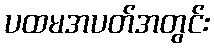
ပထမအပတ်အတွင်း